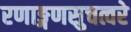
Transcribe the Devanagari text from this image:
रणाङ्गणसुचत्वरे